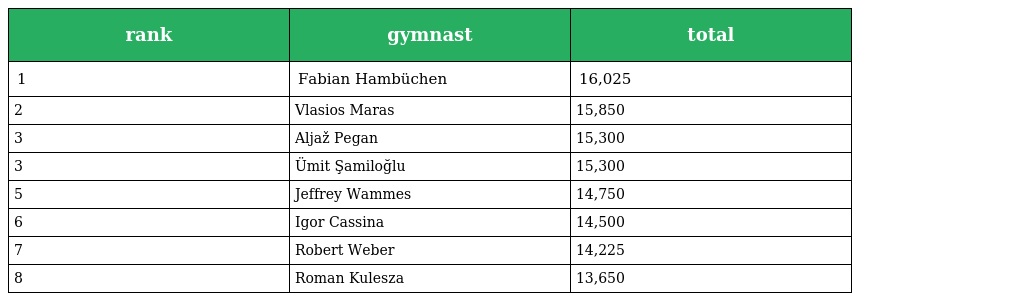
| rank | gymnast | total |
 | --- | --- | --- |
 | 1 | Fabian Hambüchen | 16,025 |
 | 2 | Vlasios Maras | 15,850 |
 | 3 | Aljaž Pegan | 15,300 |
 | 3 | Ümit Şamiloğlu | 15,300 |
 | 5 | Jeffrey Wammes | 14,750 |
 | 6 | Igor Cassina | 14,500 |
 | 7 | Robert Weber | 14,225 |
 | 8 | Roman Kulesza | 13,650 |